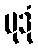
မုဒုံ